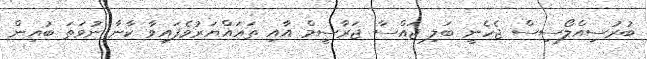
ބުރުސިއްލޯސިސް ޖެހެނީ ބަލި ޖައްސާ ޖަރާސީމް އާއި ތަޣައްޔަރުވެފައިވާ ކާނާ ނުވަތަ ބުއިން